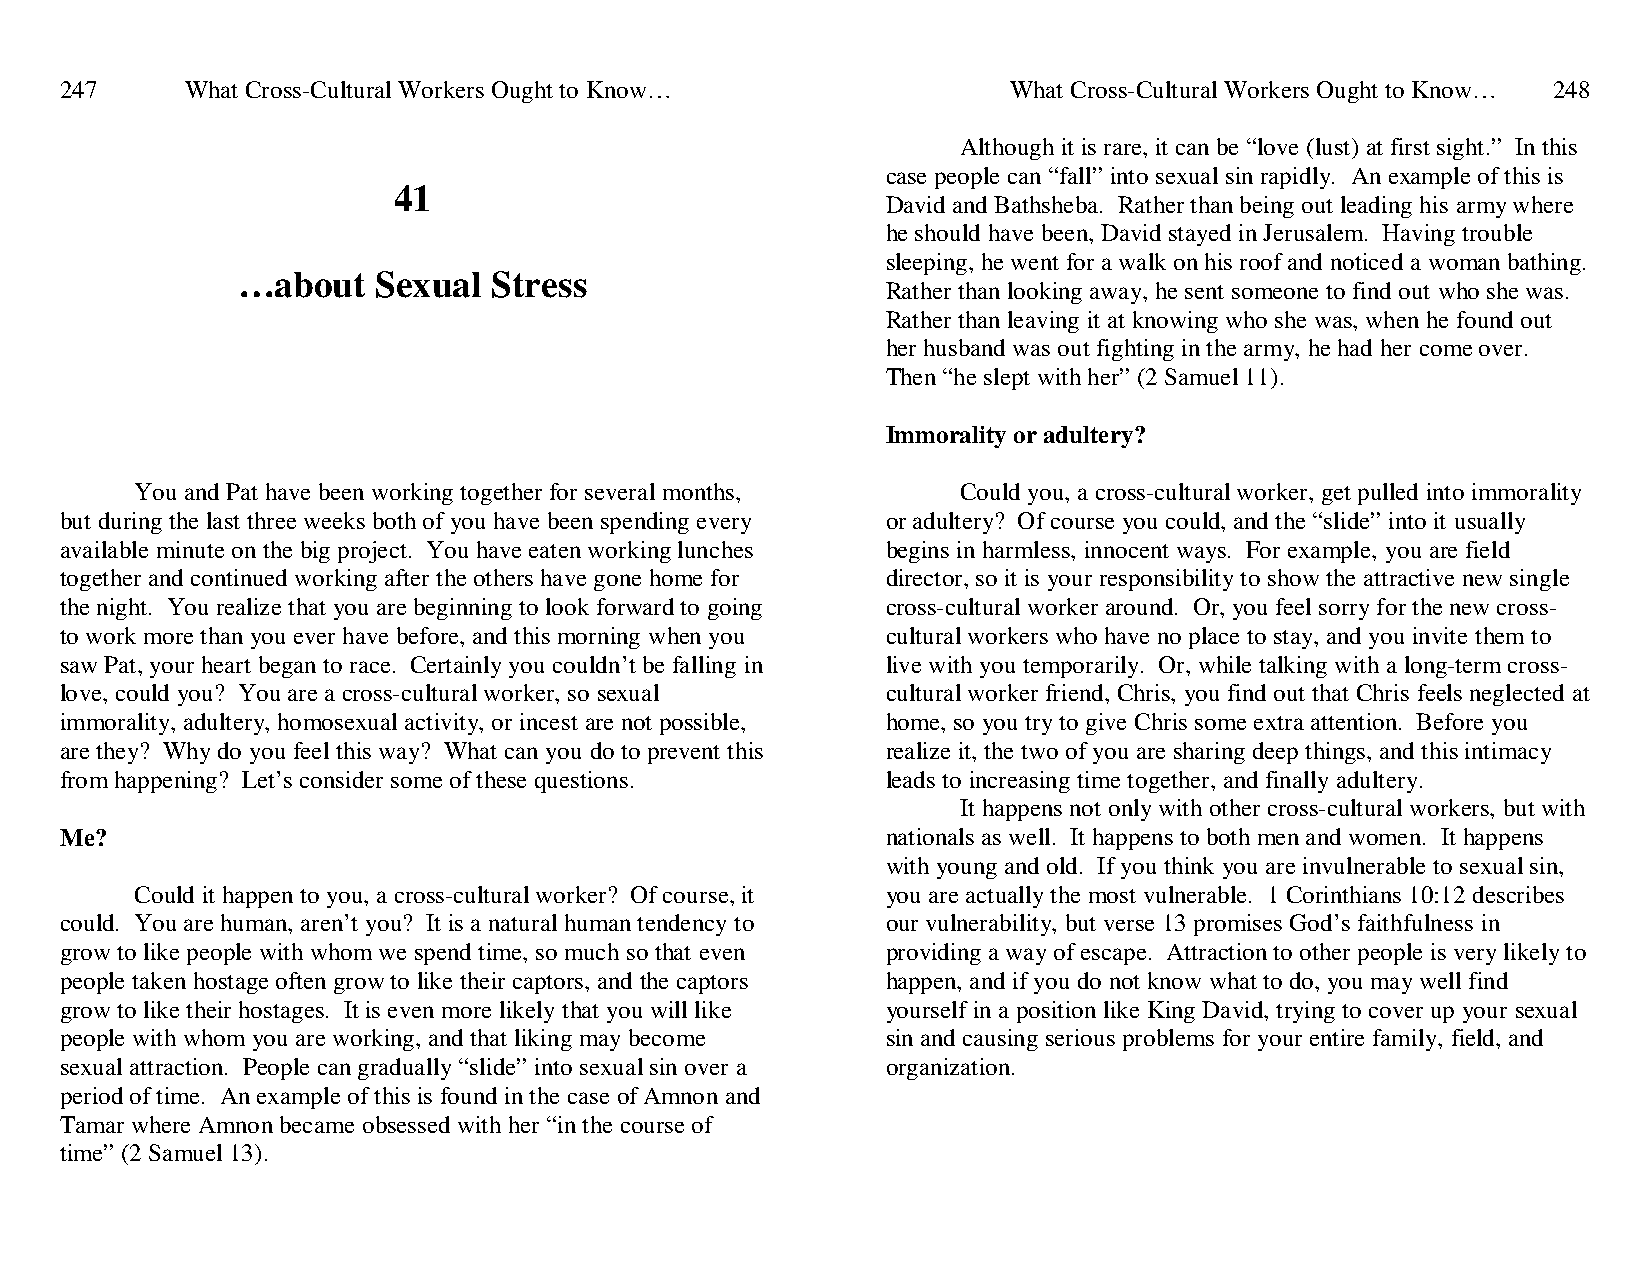
247     What Cross-Cultural Workers Ought to Know…             What Cross-Cultural Workers Ought to Know… 248
 Although it is rare, it can be “love (lust) at first sight.” In this
 case people can “fall” into sexual sin rapidly. An example of this is
 41
 David and Bathsheba. Rather than being out leading his army where
 he should have been, David stayed in Jerusalem. Having trouble
 sleeping, he went for a walk on his roof and noticed a woman bathing.
 …about   Sexual  Stress
 Rather than looking away, he sent someone to find out who she was.
 Rather than leaving it at knowing who she was, when he found out
 her husband was out fighting in the army, he had her come over.
 Then “he slept with her” (2 Samuel 11).
 Immorality or adultery?
 You and Pat have been working together for several months, Could you, a cross-cultural worker, get pulled into immorality
 but during the last three weeks both of you have been spending every or adultery? Of course you could, and the “slide” into it usually
 available minute on the big project. You have eaten working lunches begins in harmless, innocent ways. For example, you are field
 together and continued working after the others have gone home for director, so it is your responsibility to show the attractive new single
 the night. You realize that you are beginning to look forward to going cross-cultural worker around. Or, you feel sorry for the new cross-
 to work more than you ever have before, and this morning when you cultural workers who have no place to stay, and you invite them to
 saw Pat, your heart began to race. Certainly you couldn’t be falling in live with you temporarily. Or, while talking with a long-term cross-
 love, could you? You are a cross-cultural worker, so sexual cultural worker friend, Chris, you find out that Chris feels neglected at
 immorality, adultery, homosexual activity, or incest are not possible, home, so you try to give Chris some extra attention. Before you
 are they? Why do you feel this way? What can you do to prevent this realize it, the two of you are sharing deep things, and this intimacy
 from happening? Let’s consider some of these questions. leads to increasing time together, and finally adultery.
 It happens not only with other cross-cultural workers, but with
 Me?                                                    nationals as well. It happens to both men and women. It happens
 with young and old. If you think you are invulnerable to sexual sin,
 Could it happen to you, a cross-cultural worker? Of course, it you are actually the most vulnerable. 1 Corinthians 10:12 describes
 could. You are human, aren’t you? It is a natural human tendency to our vulnerability, but verse 13 promises God’s faithfulness in
 grow to like people with whom we spend time, so much so that even providing a way of escape. Attraction to other people is very likely to
 people taken hostage often grow to like their captors, and the captors happen, and if you do not know what to do, you may well find
 grow to like their hostages. It is even more likely that you will like yourself in a position like King David, trying to cover up your sexual
 people with whom you are working, and that liking may become sin and causing serious problems for your entire family, field, and
 sexual attraction. People can gradually “slide” into sexual sin over a organization.
 period of time. An example of this is found in the case of Amnon and
 Tamar where Amnon became obsessed with her “in the course of
 time” (2 Samuel 13).